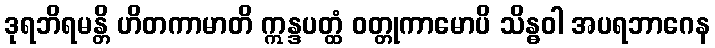
ဒုရဘိရမန္တိ ဟိတကာမာတိ ဣန္ဒပတ္ထံ ဝတ္တုကာမောပိ သိန္ဓဝါ အပရဘာဂေန